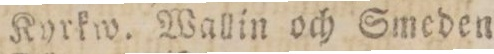
„    „    16,    Kyrkw. Wallin och Smeden